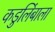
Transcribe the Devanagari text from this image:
कडुलिंबाला